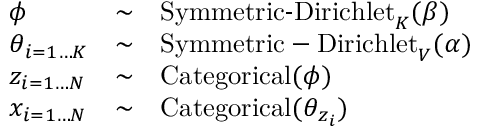
{ \begin{array} { l c l } { { \boldsymbol { \phi } } } & { \sim } & { \operatorname { S y m m e t r i c - D i r i c h l e t } _ { K } ( \beta ) } \\ { { \boldsymbol { \theta } } _ { i = 1 \dots K } } & { \sim } & { { \mathrm { S y m m e t r i c - D i r i c h l e t } } _ { V } ( \alpha ) } \\ { z _ { i = 1 \dots N } } & { \sim } & { \operatorname { C a t e g o r i c a l } ( { \boldsymbol { \phi } } ) } \\ { x _ { i = 1 \dots N } } & { \sim } & { { \mathrm { C a t e g o r i c a l } } ( { \boldsymbol { \theta } } _ { z _ { i } } ) } \end{array} }